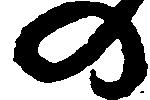
の